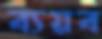
ব্যয়ব